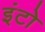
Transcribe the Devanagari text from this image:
इंटो